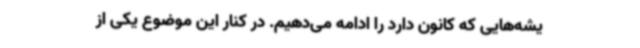
یشه‌هایی که کانون دارد را ادامه می‌دهیم. در کنار این موضوع یکی از